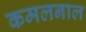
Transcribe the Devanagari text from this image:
कमलनाल